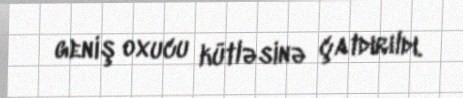
geniş oxucu kütləsinə çatdırıldı.